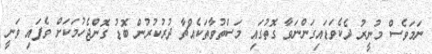
ނަމަވެސް މުނީރު ދެކެވަޑައިގަންނަވާ ގޮތުގައި މަސްތުވާތަކެއްޗާ ދުރުކުރުން ބޮޑު ގޮންޖެހުމަކަށް ވެފައި ވަނީ